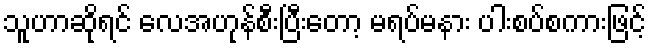
သူဟာဆိုရင် လေအဟုန်စီးပြီးတော့ မရပ်မနား ပါးစပ်စကားဖြင့်